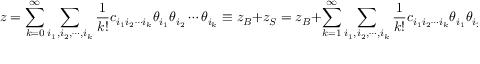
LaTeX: z = \sum _ { k = 0 } ^ { \infty } \sum _ { i _ { 1 } , i _ { 2 } , \cdots , i _ { k } } { \frac { 1 } { k ! } } c _ { i _ { 1 } i _ { 2 } \cdots i _ { k } } \theta _ { i _ { 1 } } \theta _ { i _ { 2 } } \cdots \theta _ { i _ { k } } \equiv z _ { B } + z _ { S } = z _ { B } + \sum _ { k = 1 } ^ { \infty } \sum _ { i _ { 1 } , i _ { 2 } , \cdots , i _ { k } } { \frac { 1 } { k ! } } c _ { i _ { 1 } i _ { 2 } \cdots i _ { k } } \theta _ { i _ { 1 } } \theta _ { i _ { 2 } } \cdots \theta _ { i _ { k } } ,